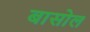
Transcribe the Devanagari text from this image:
बासोल